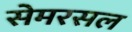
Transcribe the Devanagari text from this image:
सेमरसल